Plague in India, 1896, 1897 - Volume 3
Year: 1896
Disease focus: Plague
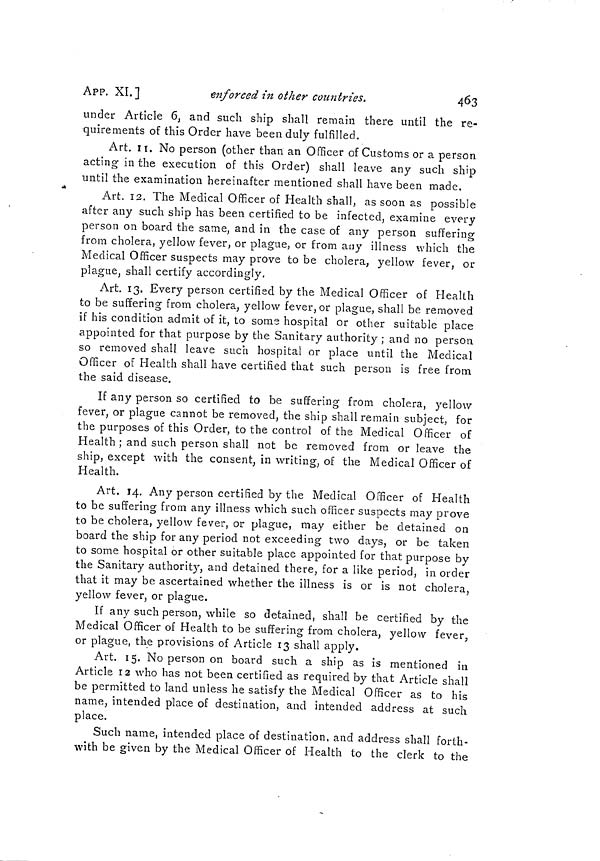
463
APP. XL]
enforced in other countries.
under Article 6, and such ship shall remain there until the re-
quirements of this Order have been duly fulfilled.
Art. 11. No person (other than an Officer of Customs or a person
acting in the execution of this Order) shall leave any such ship
until the examination hereinafter mentioned shall have been made.
Art. 12. The Medical Officer of Health shall, as soon as possible
after any such ship has been certified to be infected, examine every
person on board the same, and in the case of any person suffering
from cholera, yellow fever, or plague, or from any illness which the
Medical Officer suspects may prove to be cholera, yellow fever, or
plague, shall certify accordingly.
Art. 13. Every person certified by the Medical Officer of Health
to be suffering from cholera, yellow fever, or plague, shall be removed
if his condition admit of it, to some hospital or other suitable place
appointed for that purpose by the Sanitary authority ; and no person
so removed shall leave such hospital or place until the Medical
Officer of Health shall have certified that such person is free from
the said disease.
If any person so certified to be suffering from cholera, yellow
fever, or plague cannot be removed, the ship shall remain subject, for
the purposes of this Order, to the control of the Medical Officer of
Health ; and such person shall not be removed from or leave the
ship, except with the consent, in writing, of the Medical Officer of
Health.
Art. 14. Any person certified by the Medical Officer of Health
to be suffering from any illness which such officer suspects may prove
to be cholera, yellow fever, or plague, may either be detained on
board the ship for any period not exceeding two days, or be taken
to some hospital or other suitable place appointed for that purpose by
the Sanitary authority, and detained there, for a like period, in order
that it may be ascertained whether the illness is or is not cholera,
yellow fever, or plague.
If any such person, while so detained, shall be certified by the
Medical Officer of Health to be suffering from cholera, yellow fever,
or plague, the provisions of Article 13 shall apply.
Art. 15. No person on board such a ship as is mentioned in
Article 12 who has not been certified as required by that Article shall
be permitted to land unless he satisfy the Medical Officer as to his
name, intended place of destination, and intended address at such
place.
Such name, intended place of destination, and address shall forth-
with be given by the Medical Officer of Health to the clerk to the